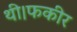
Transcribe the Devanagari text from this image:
थी।फकीर